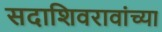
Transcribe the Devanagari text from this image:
सदाशिवरावांच्या